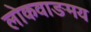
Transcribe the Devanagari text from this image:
लोकवाङमय